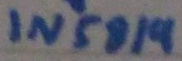
Text: IN5819